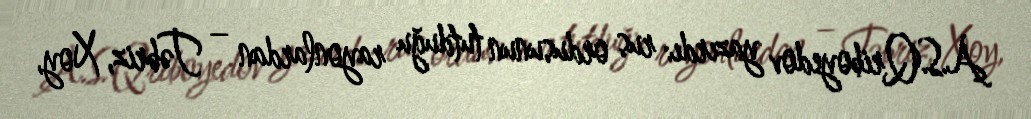
A.S.Qriboyedov yazırdı: rus ordusunun tutduğu rayonlardan – Təbriz, Xoy,